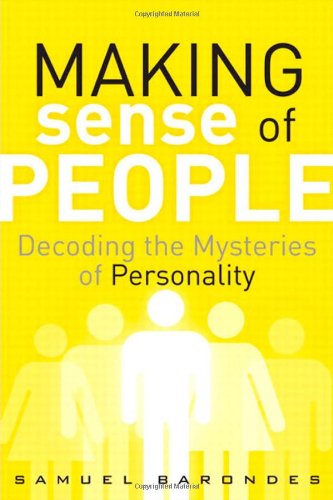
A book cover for Making Sense of People: Decoding the Mysteries of Personality (FT Press Science); Samuel Barondes; Health, Fitness & Dieting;